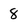
Character: 8